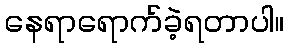
နေရာရောက်ခဲ့ရတာပါ။